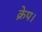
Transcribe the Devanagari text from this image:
क्रेप।